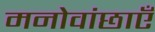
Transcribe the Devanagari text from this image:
मनोवांछाएँ